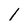
Character: 1